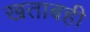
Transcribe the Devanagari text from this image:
खताबही